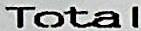
TOTAL